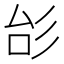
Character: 㣍